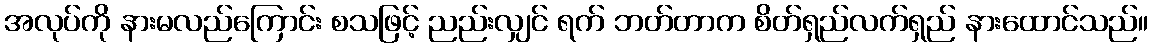
အလုပ်ကို နားမလည်ကြောင်း စသဖြင့် ညည်းလျှင် ရက် ဘတ်တာက စိတ်ရှည်လက်ရှည် နားထောင်သည်။